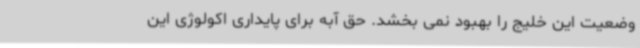
وضعیت این خلیج را بهبود نمی بخشد. حق آبه برای پایداری اکولوژی این